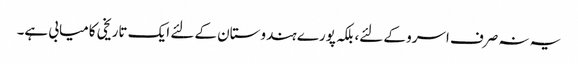
یہ نہ صرف اسرو کے لئے، بلکہ پورے ہندوستان کے لئے ایک تاریخی کامیابی ہے۔